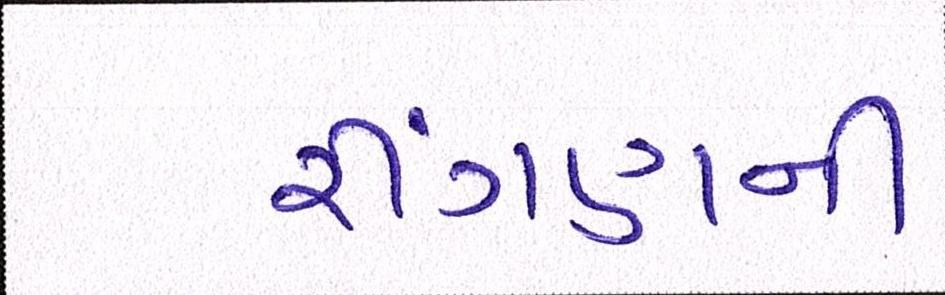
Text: રીંગણની